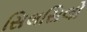
સિલસિલો